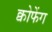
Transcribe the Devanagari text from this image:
क्वोफेंग